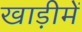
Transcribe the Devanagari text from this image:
खाड़ीमें